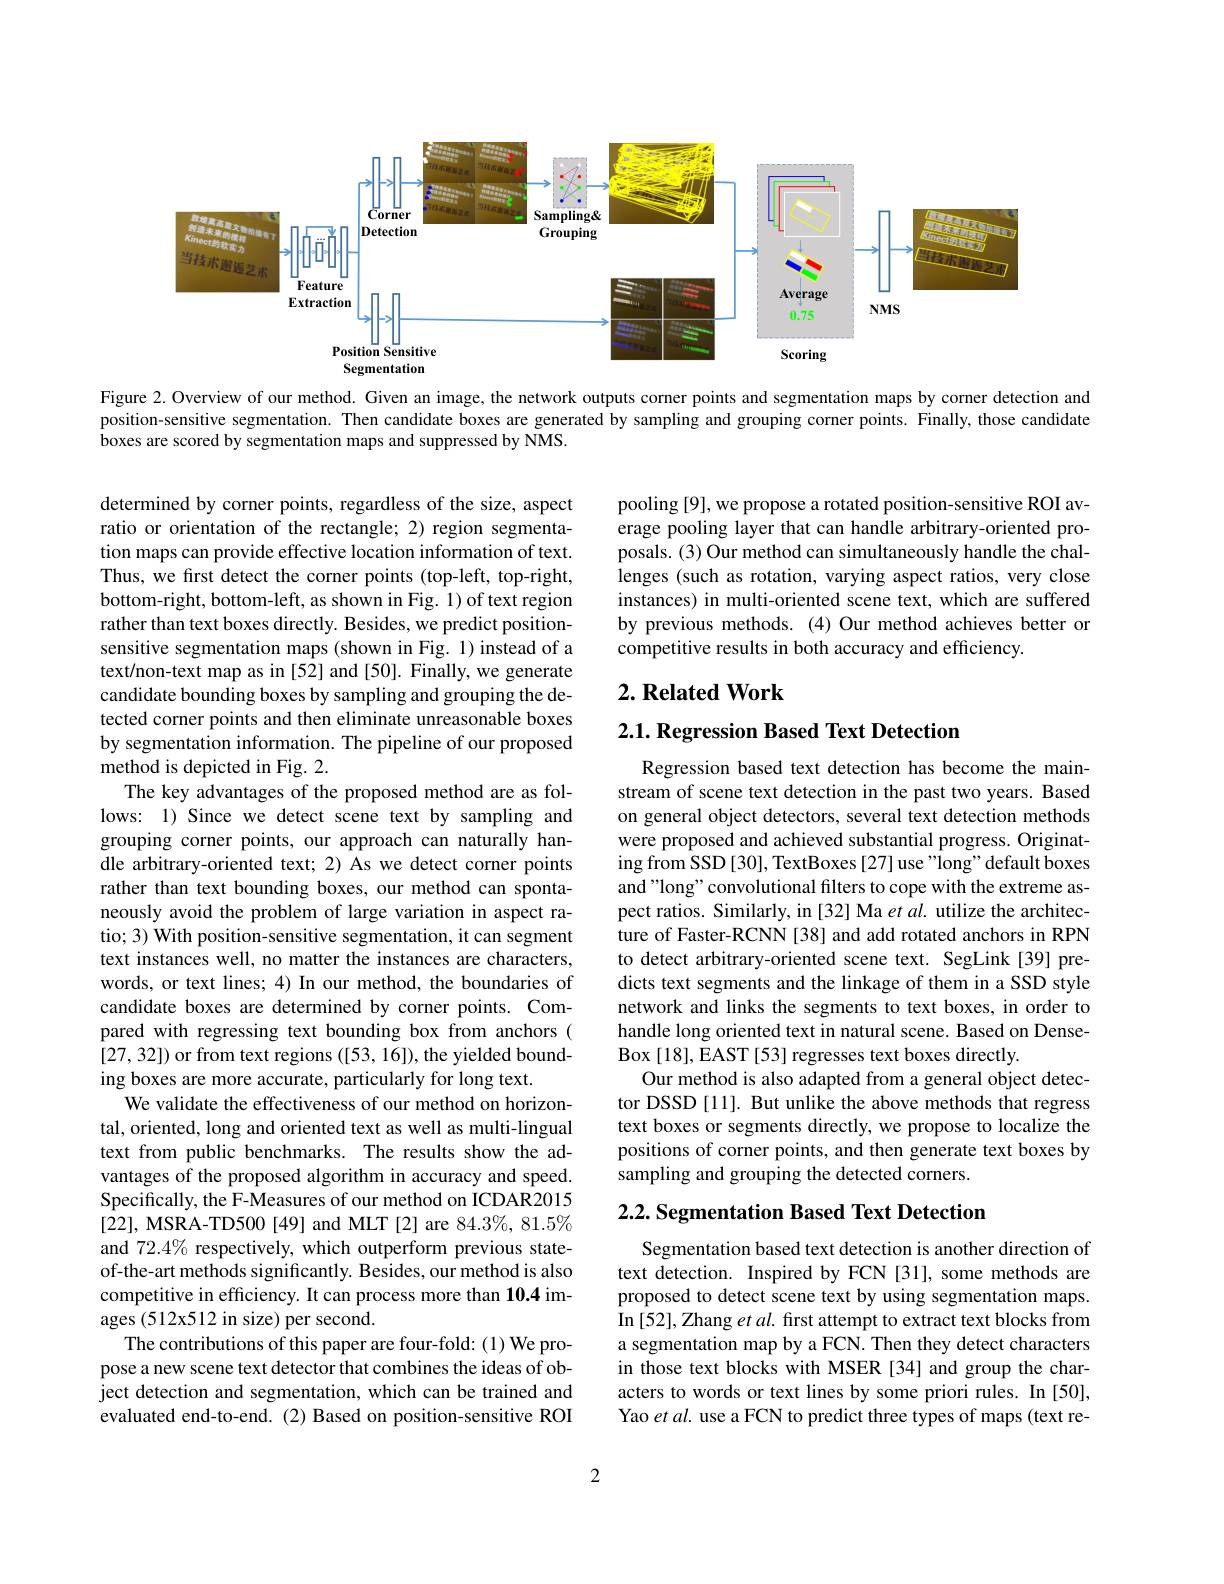
<FigureHere>

Figure 2. Overview of our method. Given an image, the network outputs corner points and segmentation maps by corner detection and position-sensitive segmentation. Then candidate boxes are generated by sampling and grouping corner points. Finally, those candidate boxes are scored by segmentation maps and suppressed by NMS.

pooling [9], we propose a rotated position-sensitive ROI average pooling layer that can handle arbitrary-oriented proposals. (3) Our method can simultaneously handle the challenges (such as rotation, varying aspect ratios, very close instances) in multi-oriented scene text, which are suffered by previous methods.(4)Our method achieves better or competitive results in both accuracy and efficiency.

## $2. \textbf{ Related Work}$

## $2. 1. \textbf{ Regression Based Text Detection}$

determined by corner points, regardless of the size, aspect ratio or orientation of the rectangle; 2) region segmentation maps can provide effective location information of text. Thus, we first detect the corner points (top-left, top-right, bottom-right, bottom-left, as shown in Fig. 1) of text region rather than text boxes directly. Besides, we predict positionsensitive segmentation maps (shown in Fig. 1) instead of a text/non-text map as in [52] and [50]. Finally, we generate candidate bounding boxes by sampling and grouping the detected corner points and then eliminate unreasonable boxes by segmentation information. The pipeline of our proposed method is depicted in Fig. 2.
The key advantages of the proposed method are as follows: 1) Since we detect scene text by sampling and grouping corner points, our approach can naturally handle arbitrary-oriented text; 2) As we detect corner points rather than text bounding boxes, our method can spontaneously avoid the problem of large variation in aspect ratio; 3) With position-sensitive segmentation, it can segment text instances well, no matter the instances are characters, words, or text lines; 4) In our method, the boundaries of candidate boxes are determined by corner points. Compared with regressing text bounding box from anchors ( [27,32]) or from text regions ([53,16]),the yielded bounding boxes are more accurate, particularly for long text.
We validate the effectiveness of our method on horizontal, oriented, long and oriented text as well as multi-lingual text from public benchmarks. The results show the advantages of the proposed algorithm in accuracy and speed. Specifically, the F-Measures of our method on ICDAR2015 [22], MSRA-TD500 [49] and MLT[2] are 84.3%, 81.5% and $72.4\%$ respectively, which outperform previous stateof-the-art methods significantly. Besides, our method is also competitive in efficiency. It can process more than 10.4 images (512x512 in size) per second.
The contributions of this paper are four-fold: (1) We propose a new scene text detector that combines the ideas of object detection and segmentation, which can be trained and evaluated end-to-end. (2) Based on position-sensitive ROI

Regression based text detection has become the mainstream of scene text detection in the past two years. Based on general object detectors, several text detection methods were proposed and achieved substantial progress. Originating from SSD [30], TextBoxes [27] use "long" default boxes and "long" convolutional filters to cope with the extreme aspect ratios. Similarly, in [32] Ma et al. utilize the architecture of Faster-RCNN [38] and add rotated anchors in RPN to detect arbitrary-oriented scene text. SegLink[39] predicts text segments and the linkage of them in a SSD style network and links the segments to text boxes, in order to handle long oriented text in natural scene. Based on DenseBox [18], EAST [53] regresses text boxes directly.
Our method is also adapted from a general object detector DSSD [11]. But unlike the above methods that regress text boxes or segments directly, we propose to localize the positions of corner points, and then generate text boxes by sampling and grouping the detected corners.

2.2. Segmentation Based Text Detection

Segmentation based text detection is another direction of text detection. Inspired by FCN [31], some methods are proposed to detect scene text by using segmentation maps. In [52], Zhang et al. first attempt to extract text blocks from a segmentation map by a FCN. Then they detect characters in those text blocks with MSER [34] and group the characters to words or text lines by some priori rules. In [50], Yao et al. use a FCN to predict three types of maps (text re-

2